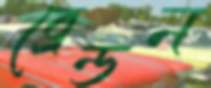
ব্রেন্ডন